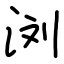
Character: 浏